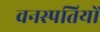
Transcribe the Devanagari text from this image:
वनस्‍पतियों